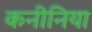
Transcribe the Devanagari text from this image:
कनीनिया